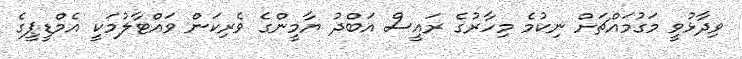
ވިދާޅުވީ މަގުމައްޗަށް ނިކުމެ މިހާރުގެ ރައީސް އަބްދު ޔާމީންގެ ވެރިކަން ވައްޓާލުމަކީ އެމްޑީޕީގެ